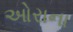
ઓરાના